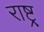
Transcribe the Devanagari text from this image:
राष्ट्र्